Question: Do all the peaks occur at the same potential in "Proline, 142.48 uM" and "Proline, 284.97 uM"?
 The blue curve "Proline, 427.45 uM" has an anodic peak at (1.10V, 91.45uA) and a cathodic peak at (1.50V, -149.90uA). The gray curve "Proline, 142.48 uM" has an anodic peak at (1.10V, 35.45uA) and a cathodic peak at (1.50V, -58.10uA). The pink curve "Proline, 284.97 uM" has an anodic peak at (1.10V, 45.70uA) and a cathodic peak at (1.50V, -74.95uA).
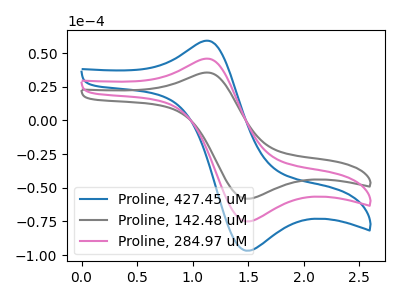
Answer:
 <answer>Yes, "Proline, 142.48 uM" have a peak in "Proline, 284.97 uM" at the same potential.</answer>
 <eval>match</eval>